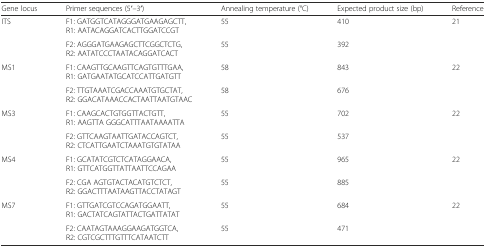
<table><thead><tr><td><b>Gene locus</b></td><td><b>Primer sequences (5′–3′)</b></td><td><b>Annealing temperature (°C)</b></td><td><b>Expected product size (bp)</b></td><td><b>Reference</b></td></tr></thead><tbody><tr><td rowspan="2">ITS</td><td>F1: GATGGTCATAGGGATGAAGAGCTT, R1: AATACAGGATCACTTGGATCCGT</td><td>55</td><td>410</td><td rowspan="2">21</td></tr><tr><td>F2: AGGGATGAAGAGCTTCGGCTCTG, R2: AATATCCCTAATACAGGATCACT</td><td>55</td><td>392</td></tr><tr><td rowspan="2">MS1</td><td>F1: CAAGTTGCAAGTTCAGTGTTTGAA, R1: GATGAATATGCATCCATTGATGTT</td><td>58</td><td>843</td><td rowspan="2">22</td></tr><tr><td>F2: TTGTAAATCGACCAAATGTGCTAT, R2: GGACATAAACCACTAATTAATGTAAC</td><td>58</td><td>676</td></tr><tr><td rowspan="2">MS3</td><td>F1: CAAGCACTGTGGTTACTGTT, R1: AAGTTA GGGCATTTAATAAAATTA</td><td>55</td><td>702</td><td rowspan="2">22</td></tr><tr><td>F2: GTTCAAGTAATTGATACCAGTCT, R2: CTCATTGAATCTAAATGTGTATAA</td><td>55</td><td>537</td></tr><tr><td rowspan="2">MS4</td><td>F1: GCATATCGTCTCATAGGAACA, R1: GTTCATGGTTATTAATTCCAGAA</td><td>55</td><td>965</td><td rowspan="2">22</td></tr><tr><td>F2: CGA AGTGTACTACATGTCTCT, R2: GGACTTTAATAAGTTACCTATAGT</td><td>55</td><td>885</td></tr><tr><td rowspan="2">MS7</td><td>F1: GTTGATCGTCCAGATGGAATT, R1: GACTATCAGTATTACTGATTATAT</td><td>55</td><td>684</td><td rowspan="2">22</td></tr><tr><td>F2: CAATAGTAAAGGAAGATGGTCA, R2: CGTCGCTTTGTTTCATAATCTT</td><td>55</td><td>471</td></tr></tbody></table>